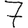
Digit: 7